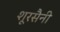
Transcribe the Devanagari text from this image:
शूरसैनी